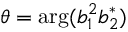
\theta = \arg ( b _ { 1 } ^ { 2 } b _ { 2 } ^ { * } )